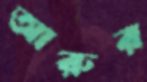
আরুর